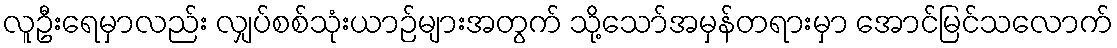
လူဦးရေမှာလည်း လျှပ်စစ်သုံးယာဉ်များအတွက် သို့သော်အမှန်တရားမှာ အောင်မြင်သလောက်